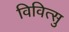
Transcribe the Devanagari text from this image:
विवित्सु